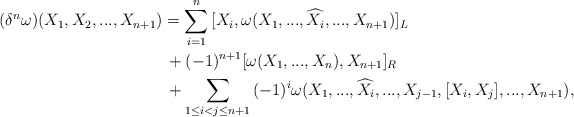
\begin{align*}(\delta^{n}\omega)(X_{1},X_{2}, . . ., X_{n+1})&=\sum_{i=1}^{n}{[X_{i},\omega(X_{1}, . . ., \widehat{X_{i}}, . . ., X_{n+1})]_{L}}\\&\,+(-1)^{n+1}[\omega(X_{1}, . . ., X_{n}),X_{n+1}]_{R}\\&\,+\sum_{1\leq i<j\leq n+1}{(-1)^{i}\omega(X_{1}, . . ., \widehat{ X_{i}}, . . ., X_{j-1},[X_{i},X_{j}], . . ., X_{n+1})},\end{align*}